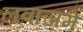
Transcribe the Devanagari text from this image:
लवाजमे